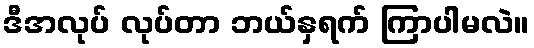
ဒီအလုပ် လုပ်တာ ဘယ်နှရက် ကြာပါမလဲ။